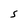
Character: S